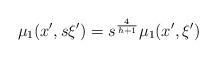
LaTeX: \begin{align*}\mu_1(x',s\xi')=s^{\frac{4}{h+1}}\mu_1(x',\xi')\end{align*}